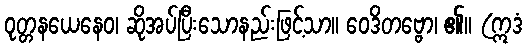
ဝုတ္တနယေနေဝ၊ ဆိုအပ်ပြီးသောနည်းဖြင့်သာ။ ဝေဒိတဗ္ဗော၊ ၏။ (ဣဒံ